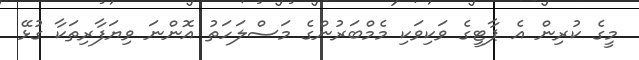
މީގެ ކުރިން އެ ޕާޓީގެ ވަކިވަކި މެމްބަރުންގެ މަސްލަހަތު އޮންނަ ވިޔަފާރިތަކާ ގުޅޭ